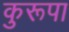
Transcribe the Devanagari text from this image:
कुरूपा